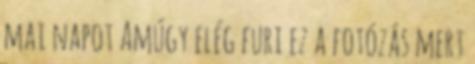
mai napot Amúgy elég furi ez a fotózás mert